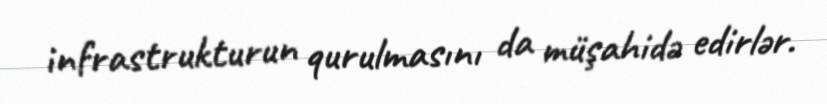
infrastrukturun qurulmasını da müşahidə edirlər.